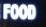
food